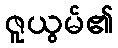
ဇူယွမ်၏